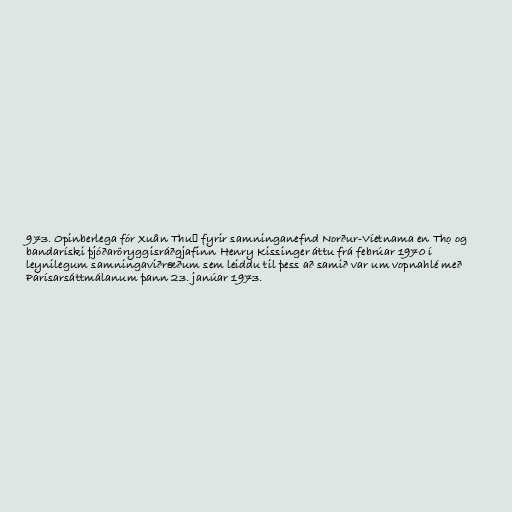
973. Opinberlega fór Xuân Thuỷ fyrir samninganefnd Norður-Víetnama en Thọ og
bandaríski þjóðaröryggisráðgjafinn Henry Kissinger áttu frá febrúar 1970 í
leynilegum samningaviðræðum sem leiddu til þess að samið var um vopnahlé með
Parísarsáttmálanum þann 23. janúar 1973.